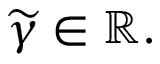
\widetilde { \gamma } \in \mathbb { R } .